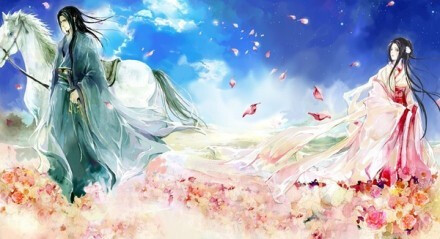
扬子江头杨柳春，杨花愁杀渡江人。